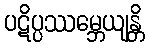
ပဋိပ္ပဿမ္ဘေယျန္တိ